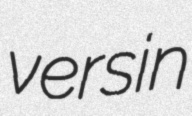
versin